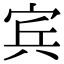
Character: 宾